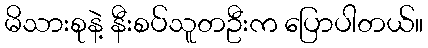
မိသားစုနဲ့ နီးစပ်သူတဦးက ပြောပါတယ်။